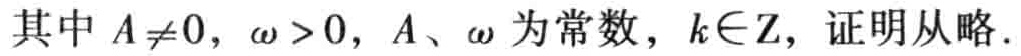
其中 \(A\neq0\)，\(\omega > 0\)，\(A\)、\(\omega\) 为常数，\(k\in\mathbf{Z}\)，证明从略.